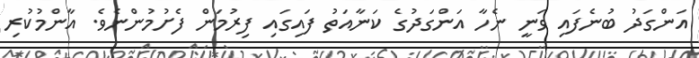
އަންގަދު ބުނެފައި ވަނީ ނެހާ އަންގަދުގެ ކަނާއަތު ފައިގައި ފިރުމަން ފެށުމުންނެވެ. އާންމުކުރި